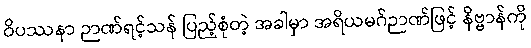
ဝိပဿနာ ဉာဏ်ရင့်သန် ပြည့်စုံတဲ့ အခါမှာ အရိယမဂ်ဉာဏ်ဖြင့် နိဗ္ဗာန်ကို